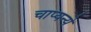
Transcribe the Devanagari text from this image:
चाप्यन्ये